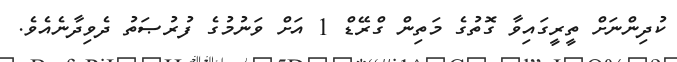
ކުދިންނަށް ތީރީގައިވާ ގޮތުގެ މަތިން ގްރޭޑް 1 އަށް ވަނުމުގެ ފުރުޞަތު ދެވިދާނެއެވެ.